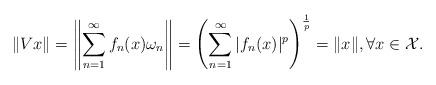
LaTeX: \begin{align*}\|Vx\|=\left\|\sum_{n=1}^{\infty}f_n(x)\omega_n\right\|=\left(\sum_{n=1}^\infty|f_n(x)|^p\right)^\frac{1}{p}=\|x\|, \forall x \in \mathcal{X}.\end{align*}